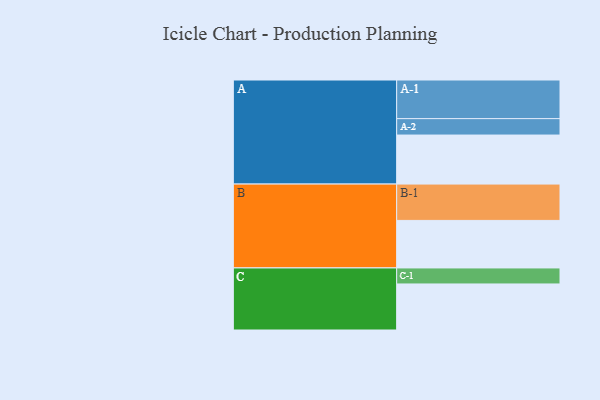
{"axis": {"x": "Segment", "y": "Value"}, "legend": ["", "A", "B", "C"], "data": [{"x": "A", "y": 364, "type": ""}, {"x": "B", "y": 353, "type": ""}, {"x": "C", "y": 342, "type": ""}, {"x": "A-1", "y": 287, "type": "A"}, {"x": "A-2", "y": 122, "type": "A"}, {"x": "B-1", "y": 270, "type": "B"}, {"x": "C-1", "y": 119, "type": "C"}]}